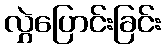
လွှဲပြောင်းခြင်း